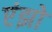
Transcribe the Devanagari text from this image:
एंझो